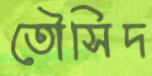
তৌসিদ